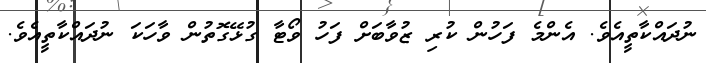
ނުދައްކާތީއެވެ. އެންމެ ފަހުން ކުރި ޒުވާބަށް ފަހު ވޯޓާ ގުޅޭގޮތުން ވާހަކަ ނުދައްކާތީއެވެ.